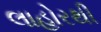
લાહોરથી